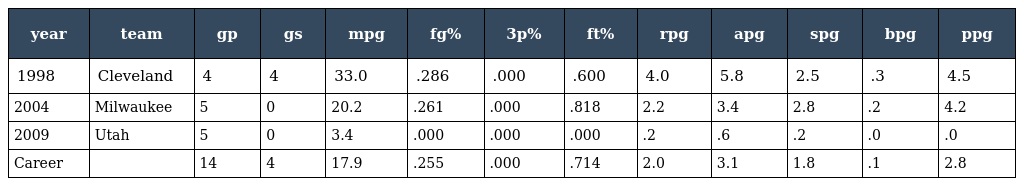
| year | team | gp | gs | mpg | fg% | 3p% | ft% | rpg | apg | spg | bpg | ppg |
 | --- | --- | --- | --- | --- | --- | --- | --- | --- | --- | --- | --- | --- |
 | 1998 | Cleveland | 4 | 4 | 33.0 | .286 | .000 | .600 | 4.0 | 5.8 | 2.5 | .3 | 4.5 |
 | 2004 | Milwaukee | 5 | 0 | 20.2 | .261 | .000 | .818 | 2.2 | 3.4 | 2.8 | .2 | 4.2 |
 | 2009 | Utah | 5 | 0 | 3.4 | .000 | .000 | .000 | .2 | .6 | .2 | .0 | .0 |
 | Career |  | 14 | 4 | 17.9 | .255 | .000 | .714 | 2.0 | 3.1 | 1.8 | .1 | 2.8 |